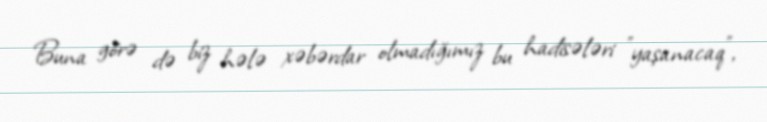
Buna görə də biz hələ xəbərdar olmadığımız bu hadisələri "yaşanacaq",